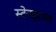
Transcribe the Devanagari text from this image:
स्टेनहाउस